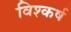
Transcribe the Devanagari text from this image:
विश्कर्ष